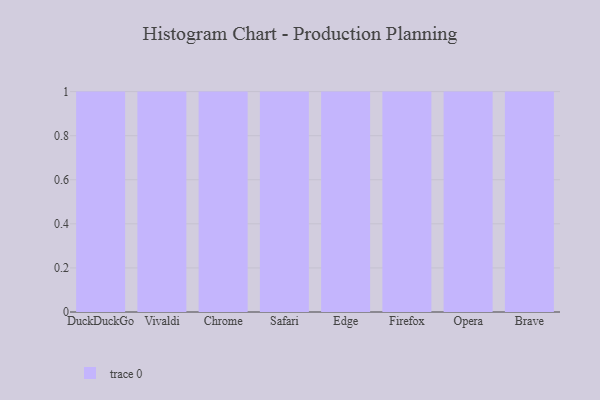
{"axis": {"x": "Browser", "y": "Humidity (%)"}, "legend": [""], "data": [{"x": "DuckDuckGo", "y": 26, "type": ""}, {"x": "Vivaldi", "y": 31, "type": ""}, {"x": "Chrome", "y": 89, "type": ""}, {"x": "Safari", "y": 65, "type": ""}, {"x": "Edge", "y": 44, "type": ""}, {"x": "Firefox", "y": 2, "type": ""}, {"x": "Opera", "y": 34, "type": ""}, {"x": "Brave", "y": 58, "type": ""}]}